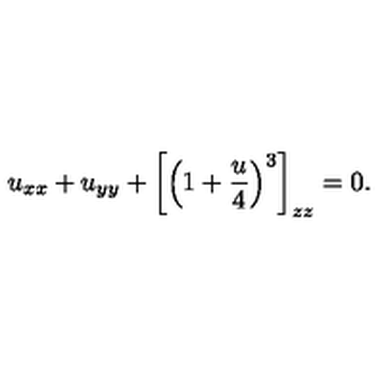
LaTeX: u _ { x x } + u _ { y y } + \left[ \left( 1 + { \frac { u } { 4 } } \right) ^ { 3 } \right] _ { z z } = 0 .